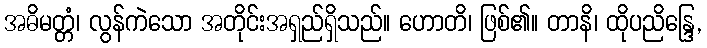
အဓိမတ္တံ၊ လွန်ကဲသော အတိုင်းအရှည်ရှိသည်။ ဟောတိ၊ ဖြစ်၏။ တာနိ၊ ထိုပညိန္ဒြေ,